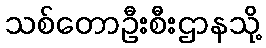
သစ်တောဦးစီးဌာနသို့